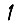
Digit: 1